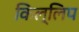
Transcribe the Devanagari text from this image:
किल्लिप